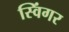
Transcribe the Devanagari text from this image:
स्विंगर